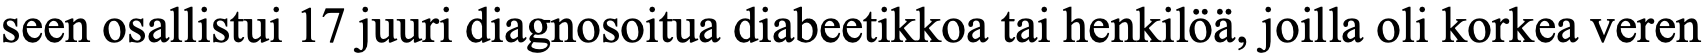
seen osallistui 17 juuri diagnosoitua diabeetikkoa tai henkilöä, joilla oli korkea veren